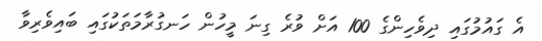
އެ ގައުމުގައި ދިވެހިންގެ 100 އަށް ވުރެ ގިނަ މީހުން ހަނގުރާމަތަކުގައި ބައިވެރިވާ